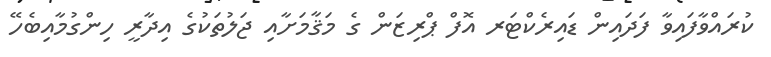
ކުރައްވާފައިވާ ފަދައިން ޑައިރެކްޓަރ އޮފް ޕްރިޒަން ގެ މަޤާމަށާއި ޖަލުތަކުގެ އިދާރީ ހިންގުމާއިބެހޭ